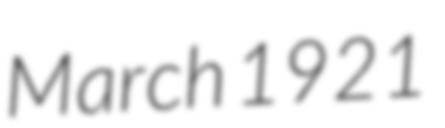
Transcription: March 1921